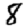
Digit: 8